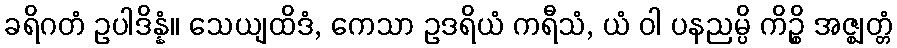
ခရိဂတံ ဥပါဒိန္နံ။ သေယျထိဒံ, ကေသာ ဥဒရိယံ ကရီသံ, ယံ ဝါ ပနညမ္ပိ ကိဉ္စိ အဇ္ဈတ္တံ